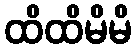
ထိထိမိမိ